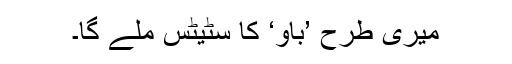
میری طرح ’باؤ‘ کا سٹیٹس ملے گا۔